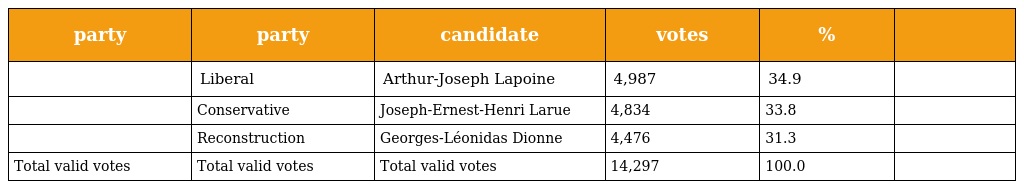
| party | party | candidate | votes | % |  |
 | --- | --- | --- | --- | --- | --- |
 |  | Liberal | Arthur-Joseph Lapoine | 4,987 | 34.9 |  |
 |  | Conservative | Joseph-Ernest-Henri Larue | 4,834 | 33.8 |  |
 |  | Reconstruction | Georges-Léonidas Dionne | 4,476 | 31.3 |  |
 | Total valid votes | Total valid votes | Total valid votes | 14,297 | 100.0 |  |